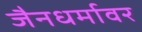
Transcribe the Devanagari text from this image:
जैनधर्मावर